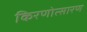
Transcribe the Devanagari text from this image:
किरणोत्सारण